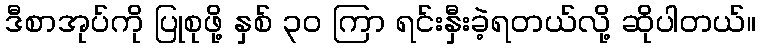
ဒီစာအုပ်ကို ပြုစုဖို့ နှစ် ၃၀ ကြာ ရင်းနှီးခဲ့ရတယ်လို့ ဆိုပါတယ်။